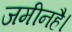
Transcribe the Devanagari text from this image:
जमीनहै।